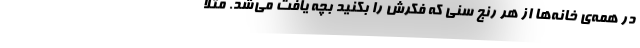
در همه‌ی خانه‌ها از هر رنج سنی که فکرش را بکنید بچه یافت می‌شد. مثلا